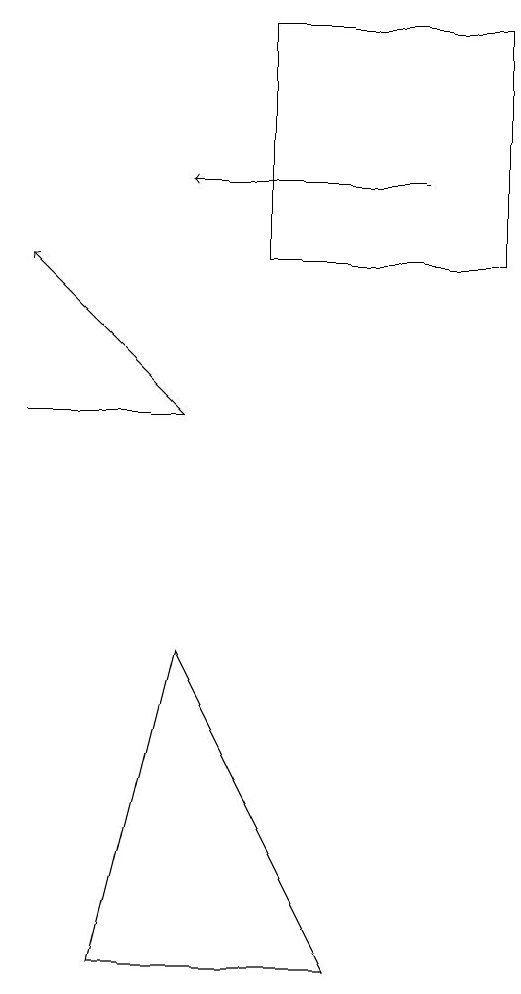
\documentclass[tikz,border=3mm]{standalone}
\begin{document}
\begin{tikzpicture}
\draw[->] (4,12) -- (2,14);
\draw (2,12) rectangle (4,12);
\draw[->] (7,15) -- (4,15);
\draw (5,17) rectangle (8,14);
\draw (6,5) -- (4,9) -- (3,5) -- cycle;
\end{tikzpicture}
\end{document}